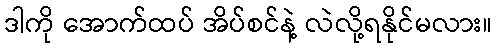
ဒါကို အောက်ထပ် အိပ်စင်နဲ့ လဲလို့ရနိုင်မလား။